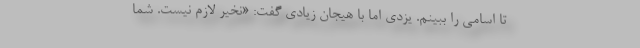
تا اسامی را ببینم. یزدی اما با هیجان زیادی گفت: «نخیر لازم نیست. شما